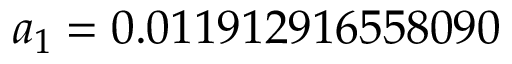
a _ { 1 } = 0 . 0 1 1 9 1 2 9 1 6 5 5 8 0 9 0